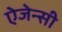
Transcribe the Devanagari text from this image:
ऐजेन्‍सी